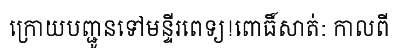
ក្រោយបញ្ជូនទៅមន្ទីរពេទ្យ!ពោធិ៍សាត់: កាលពី